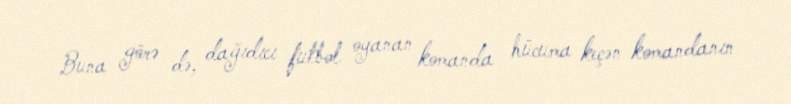
Buna görə də, dağıdıcı futbol oyanan komanda hücuma keçən komandanın